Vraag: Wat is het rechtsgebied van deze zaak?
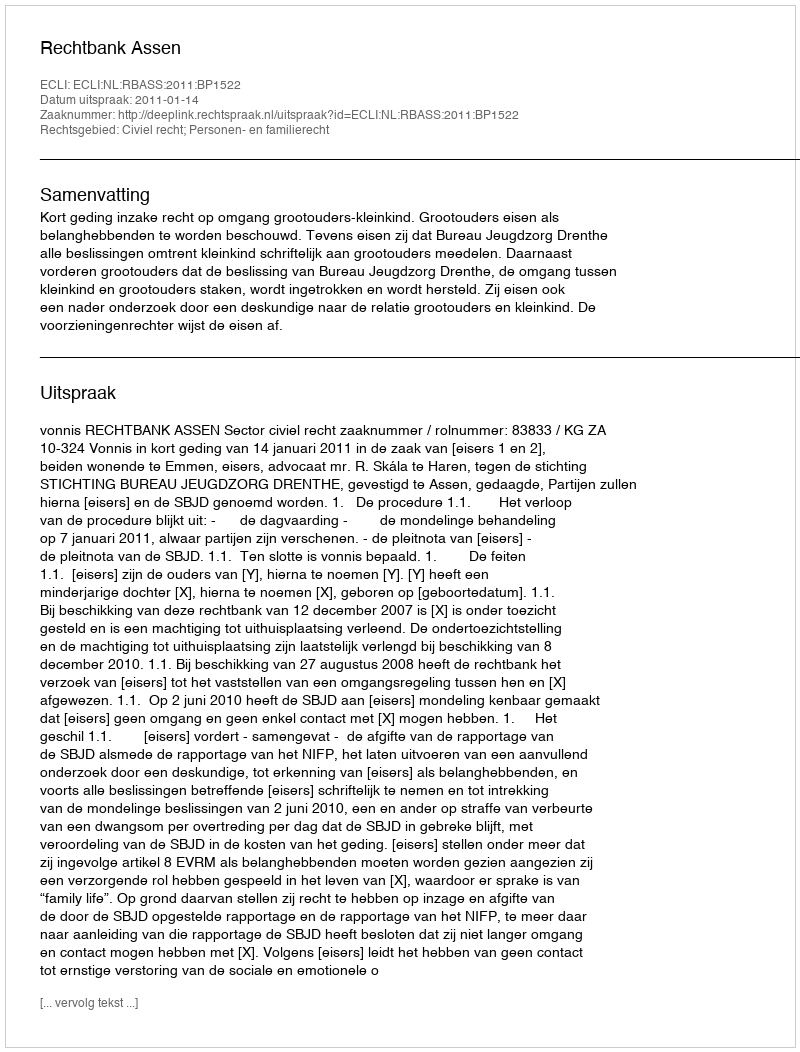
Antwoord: Civiel recht; Personen- en familierecht